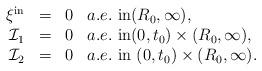
\begin{align*}\begin{array}{rcll}\xi^{\mathrm{in}}&=&0& a.e.~\mbox{in}(R_{0},\infty),\\\mathcal{I}_{1}&=&0 & a.e.~\mbox{in}(0, t_{0})\times(R_{0}, \infty), \\\mathcal{I}_{2}&=&0 & a.e.~\mbox{in}~(0, t_{0})\times(R_{0}, \infty).\end{array}\end{align*}